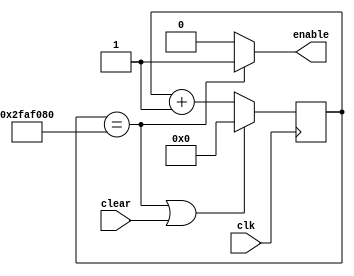
`timescale 1ns/1ps

module timer_haz(
    input clk, clear,
    output enable
    );
    
    parameter [25:0] MAX_COUNT = 26'd50_000_000;
    reg [25:0] count, count_next;

    always @(posedge clk) begin
        count <= count_next;
    end

    always @(count, clear) begin
        if (count == MAX_COUNT || clear) count_next = 0;
        else count_next = count + 1;
    end

    assign enable = count == MAX_COUNT ? 1 : 0;

endmodule